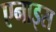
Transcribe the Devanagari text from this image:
एनाइस